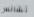
تشانس